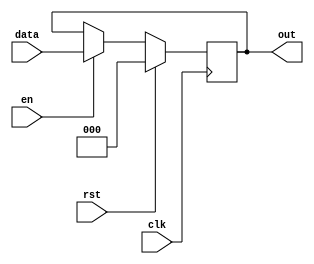
/*
   This file was generated automatically by the Mojo IDE version B1.3.6.
   Do not edit this file directly. Instead edit the original Lucid source.
   This is a temporary file and any changes made to it will be destroyed.
*/

/*
   Parameters:
     WIDTH = 3
*/
module register1_3 (
    input clk,
    input en,
    input rst,
    input [2:0] data,
    output reg [2:0] out
  );
  
  localparam WIDTH = 2'h3;
  
  
  reg [2:0] M_regs_d, M_regs_q = 1'h0;
  
  always @* begin
    M_regs_d = M_regs_q;
    
    if (en == 1'h1) begin
      M_regs_d = data;
    end else begin
      M_regs_d = M_regs_q;
    end
    out = M_regs_q;
  end
  
  always @(posedge clk) begin
    if (rst == 1'b1) begin
      M_regs_q <= 1'h0;
    end else begin
      M_regs_q <= M_regs_d;
    end
  end
  
endmodule